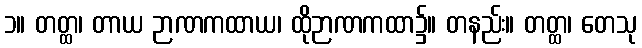
၁။ တတ္ထ၊ တာယ ဉာဏကထာယ၊ ထိုဉာဏကထာ၌။ တနည်း။ တတ္ထ၊ တေသု